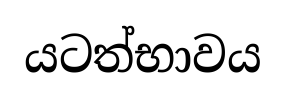
යටත්භාවය